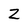
Character: z